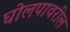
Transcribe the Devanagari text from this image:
घोलपावरील